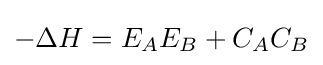
-\Delta H=E_{A}E_{B}+C_{A}C_{B}